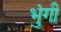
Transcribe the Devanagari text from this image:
भुंगी